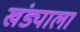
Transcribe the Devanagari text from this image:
खंड्याला